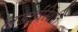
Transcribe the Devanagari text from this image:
लड़ाईस्थिति